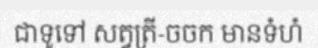
ជាទូទៅ សត្វត្រី-ចចក មានទំហំ